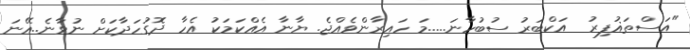
"އަސްތަޣުފިރު  އަކްބަރު ސުބުހާނަ.....މަ ހައިރާންވެއްޖެ. ޔާނާ އެއްކަމަކު އެހާ ދޮގުހަދާކަށް ނުވާނެ..އޭނަ